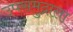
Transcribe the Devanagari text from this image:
उपसमुद्राला